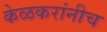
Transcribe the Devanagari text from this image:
केळकरांनीच